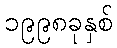
၁၉၉၈ခုနှစ်